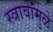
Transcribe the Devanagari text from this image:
स्त्रावामुळे